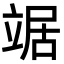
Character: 𫁦